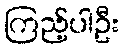
ကြည့်ပါဦး